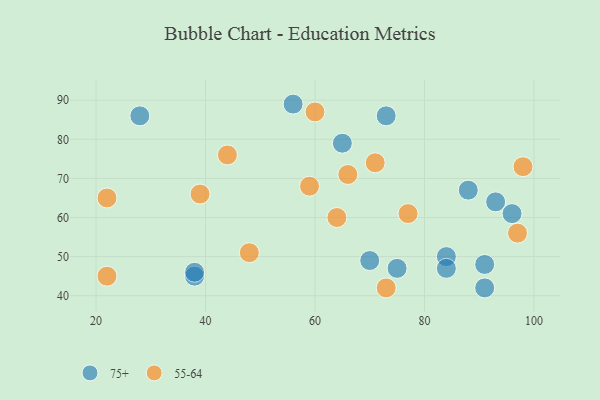
{"axis": {"x": "GDP", "y": "Life Expectancy"}, "legend": ["55-64", "75+"], "data": [{"x": "70", "y": 49, "type": "75+"}, {"x": "28", "y": 86, "type": "75+"}, {"x": "84", "y": 50, "type": "75+"}, {"x": "75", "y": 47, "type": "75+"}, {"x": "38", "y": 45, "type": "75+"}, {"x": "91", "y": 48, "type": "75+"}, {"x": "96", "y": 61, "type": "75+"}, {"x": "38", "y": 46, "type": "75+"}, {"x": "93", "y": 64, "type": "75+"}, {"x": "65", "y": 79, "type": "75+"}, {"x": "84", "y": 47, "type": "75+"}, {"x": "88", "y": 67, "type": "75+"}, {"x": "91", "y": 42, "type": "75+"}, {"x": "56", "y": 89, "type": "75+"}, {"x": "73", "y": 86, "type": "75+"}, {"x": "39", "y": 66, "type": "55-64"}, {"x": "73", "y": 42, "type": "55-64"}, {"x": "66", "y": 71, "type": "55-64"}, {"x": "71", "y": 74, "type": "55-64"}, {"x": "22", "y": 45, "type": "55-64"}, {"x": "77", "y": 61, "type": "55-64"}, {"x": "97", "y": 56, "type": "55-64"}, {"x": "48", "y": 51, "type": "55-64"}, {"x": "98", "y": 73, "type": "55-64"}, {"x": "59", "y": 68, "type": "55-64"}, {"x": "44", "y": 76, "type": "55-64"}, {"x": "60", "y": 87, "type": "55-64"}, {"x": "64", "y": 60, "type": "55-64"}, {"x": "22", "y": 65, "type": "55-64"}]}